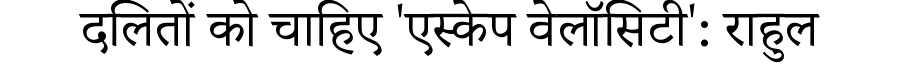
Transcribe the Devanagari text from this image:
दलितों को चाहिए 'एस्केप वेलॉसिटी': राहुल